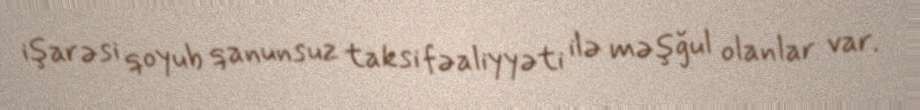
işarəsi qoyub qanunsuz taksi fəaliyyəti ilə məşğul olanlar var.